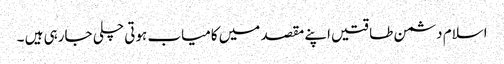
اسلام دشمن طاقتیں اپنے مقصد میں کامیاب ہوتی چلی جارہی ہیں ۔